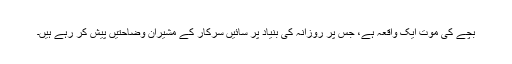
بچے کی موت ایک واقعہ ہے، جس پر روزانہ کی بنیاد پر سائیں سرکار کے مشیران وضاحتیں پیش کر رہے ہیں۔